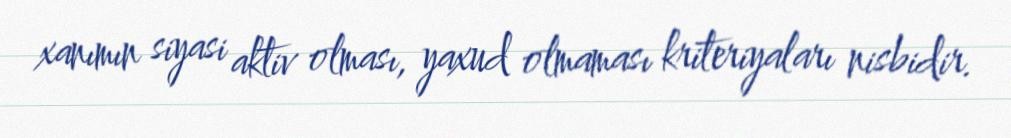
xanımın siyasi aktiv olması, yaxud olmaması kriteriyaları nisbidir.